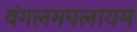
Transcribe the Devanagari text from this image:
वंगलमपलायम